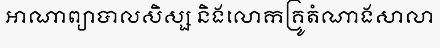
អាណាព្យាបាលសិស្ស និងលោកគ្រូតំណាងសាលា